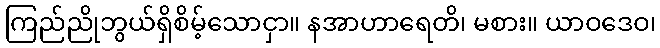
ကြည်ညိုဘွယ်ရှိစိမ့်သောငှာ။ နအာဟာရေတိ၊ မစား။ ယာဝဒေဝ၊